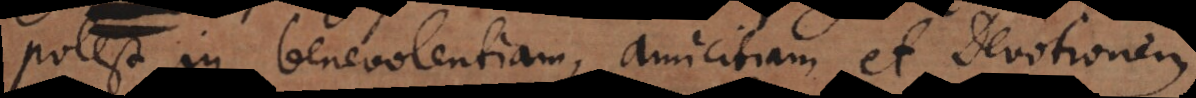
potest in benevolentiam, amicitiam et Devotionem